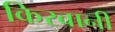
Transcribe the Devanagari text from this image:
किरवानी